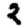
Digit: 2